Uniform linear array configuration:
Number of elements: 48
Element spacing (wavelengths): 1
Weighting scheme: binomial
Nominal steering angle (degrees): -45
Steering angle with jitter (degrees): -44.339
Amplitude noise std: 0.05
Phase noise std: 0.05

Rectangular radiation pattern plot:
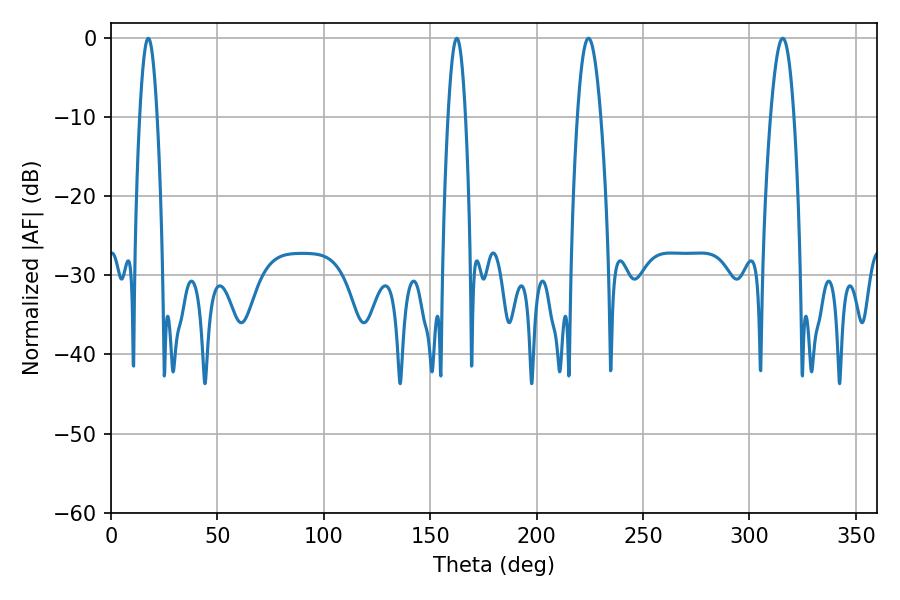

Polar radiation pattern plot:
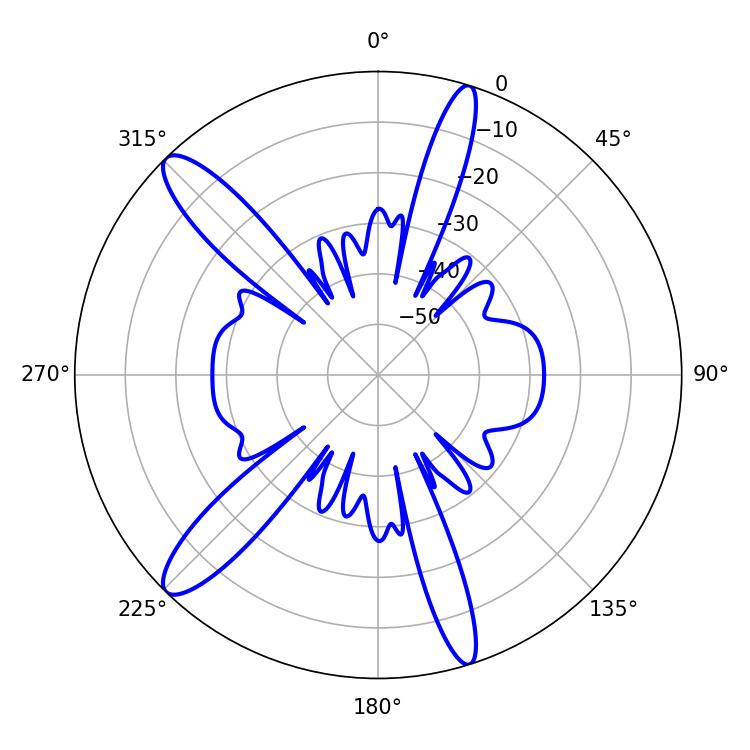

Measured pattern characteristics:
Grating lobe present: TRUE
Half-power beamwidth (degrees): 4.5
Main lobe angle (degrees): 17.46